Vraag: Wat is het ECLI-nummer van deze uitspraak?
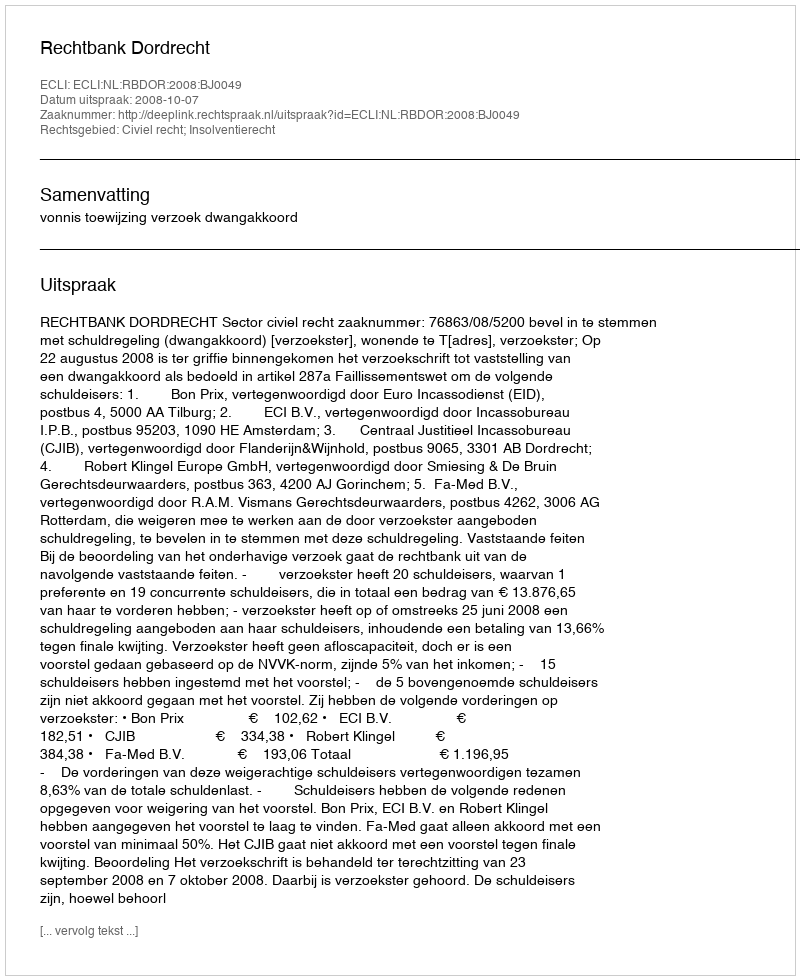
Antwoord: ECLI:NL:RBDOR:2008:BJ0049